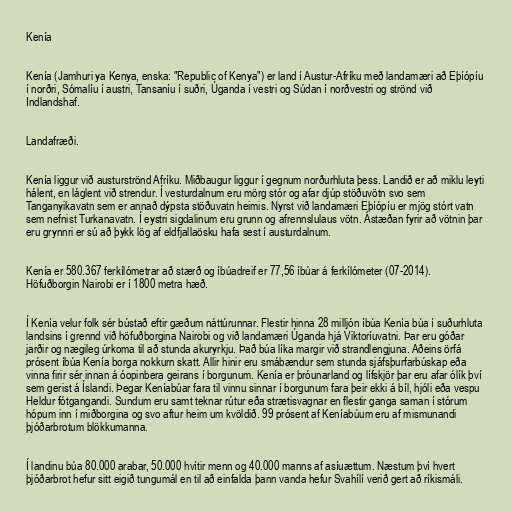
Kenía

Kenía (Jamhuri ya Kenya, enska: "Republic of Kenya") er land í Austur-Afríku með landamæri að Eþíópíu
í norðri, Sómalíu í austri, Tansaníu í suðri, Úganda í vestri og Súdan í norðvestri og strönd við
Indlandshaf.

Landafræði.

Kenía liggur við austurströnd Afríku. Miðbaugur liggur í gegnum norðurhluta þess. Landið er að miklu leyti
hálent, en láglent við strendur. Í vesturdalnum eru mörg stór og afar djúp stöðuvötn svo sem
Tanganyikavatn sem er annað dýpsta stöðuvatn heimis. Nyrst við landamæri Eþíópíu er mjög stórt vatn
sem nefnist Turkanavatn. Í eystri sigdalinum eru grunn og afrennslulaus vötn. Ástæðan fyrir að vötnin þar
eru grynnri er sú að þykk lög af eldfjallaösku hafa sest í austurdalnum.

Kenía er 580.367 ferkílómetrar að stærð og íbúadreif er 77,56 íbúar á ferkílómeter (07-2014).
Höfuðborgin Nairobi er í 1800 metra hæð.

Í Kenía velur folk sér bústað eftir gæðum náttúrunnar. Flestir hinna 28 milljón íbúa Kenía búa í suðurhluta
landsins í grennd við höfuðborgina Nairobi og við landamæri Úganda hjá Viktoríuvatni. Þar eru góðar
jarðir og nægileg úrkoma til að stunda akuryrkju. Það búa líka margir við strandlengjuna. Aðeins örfá
prósent íbúa Kenía borga nokkurn skatt. Allir hinir eru smábændur sem stunda sjáfsþurfarbúskap eða
vinna firir sér innan á óopinbera geirans í borgunum. Kenía er þróunarland og lífskjör þar eru afar ólík því
sem gerist á Íslandi. Þegar Keníabúar fara til vinnu sinnar í borgunum fara þeir ekki á bíl, hjóli eða vespu
Heldur fótgangandi. Sundum eru samt teknar rútur eða strætisvagnar en flestir ganga saman í stórum
hópum inn í miðborgina og svo aftur heim um kvöldið. 99 prósent af Keníabúum eru af mismunandi
þjóðarbrotum blökkumanna.

Í landinu búa 80.000 arabar, 50.000 hvítir menn og 40.000 manns af asíuættum. Næstum því hvert
þjóðarbrot hefur sitt eigið tungumál en til að einfalda þann vanda hefur Svahílí verið gert að ríkismáli.